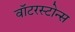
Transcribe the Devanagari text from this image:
वॉटरस्टोन्स